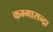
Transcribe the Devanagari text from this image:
कम्मासन्द्रा